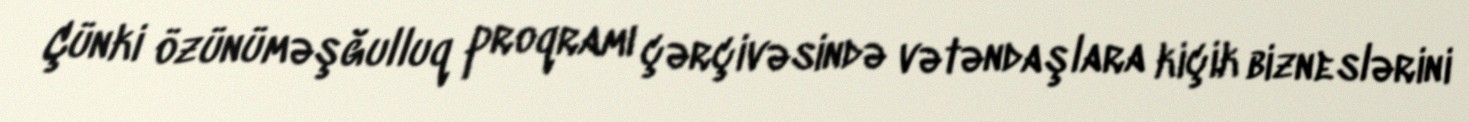
Çünki özünüməşğulluq proqramı çərçivəsində vətəndaşlara kiçik bizneslərini